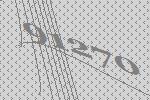
91270